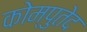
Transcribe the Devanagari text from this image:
कोम्पुतेद